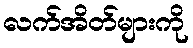
လက်အိတ်များကို